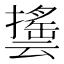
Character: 𰔵